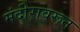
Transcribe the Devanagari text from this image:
मंदीरावरून